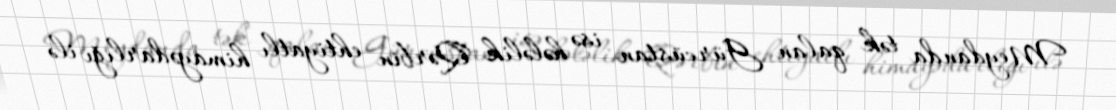
Meydanda tək qalan Gürcüstan isə hələlik Qərbin ehtiyatlı himayədarlığı ilə